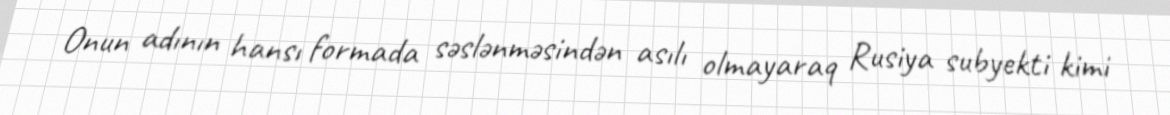
Onun adının hansı formada səslənməsindən asılı olmayaraq Rusiya subyekti kimi